Calcutta medical institutions reports 1871-78
Year: 1871
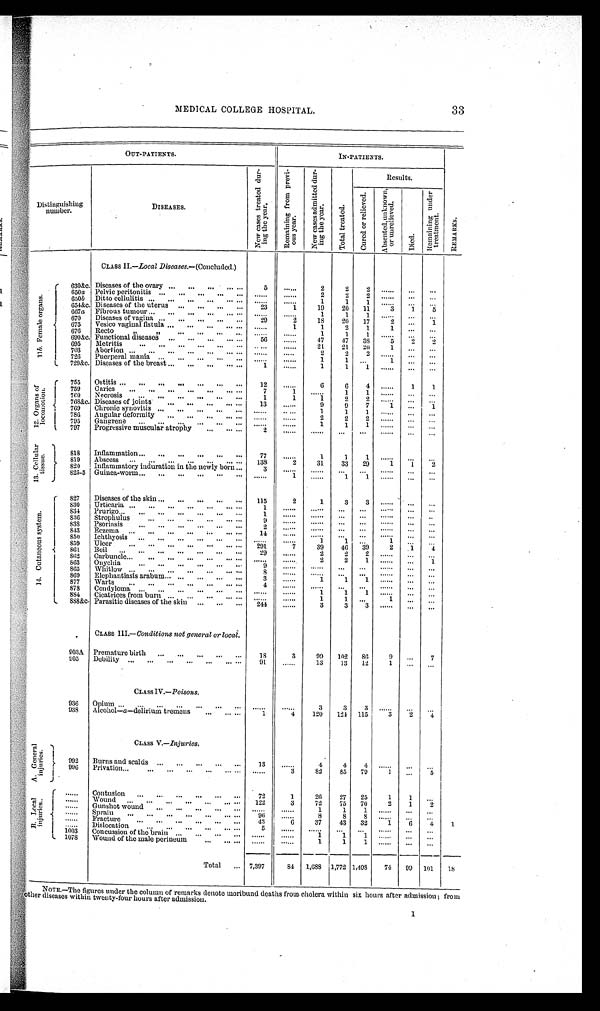
33
MEDICAL COLLEGE HOSPITAL.
OUT-PATIENTS.
IN-PATIENTS.
R E M A R K S .
Distinguishing
number .
D I S E A S E S .
N e w c a s e s t r e a t e d d u r -
i n g t h e y e a r .
R e m a i n i n g f r o m p r e v i -
o u s y e a r .
N e w c a s e s a d m i t t e d d u r -
i n g t h e y e a r .
T o t a l t r e a t e d .
Results.
C u r e d o r r e l i e v e d .
A b s e n t e d , u n k n o w n , o r u n r e l i e v e d .
D i e d .
R e m a i n i n g u n d e r
tre
atment.
CLASS II.—Local Diseases.—(Concluded.)
11b . F e m a l e o r g a n s .
630&c. Diseases of the ovary . . . ... ...
. . . . . .
5
......
2
2
2 ...... ... ...
650a Pelvic peritonitis ... ... ... ...
. . .
. . . . . .
. . . . . . 2
2
2 ...... ... ...
650b Ditto cellulitis ... ... ... ...
. . . ...
. . . . . .
. . . . . . 1
1
1
......
. . . ...
654&c. Diseases of the uterus ...
. . . ...
. . .
2 3
1 19
20 11
3
1
5
667a Fibrous tumour ... ... ... ... ... . . .
...... ......
1
1
1 ...... ... ...
670 Diseases of vagina ... ... ... ... ...
29
2
18
20 17
2
...
1
675 Vesico vaginal fistula ... ... ... ... ...
......
1
1
2
1
1 ... ...
676 Recto " "
. . . ... ...
. . .
. . . . . .
. . . . . .
1 1
1 ...... ...
...
690&c. Functional diseases ... ... ... ... ...
56
......
47
47
3 8
5
2
2
695
Metritis
... ... ... ... ... ... .....
......
21
21 20
1
. . . ...
703 Abortion ... ... ... ... ...
. . .
. . . . . .
. . . . . .
2
2
2
.
......
. . . ...
726 Puerperal mania ...
. . . ...
. . .
. . .
. . . . . .
. . . . . .
1
1 ...
1 ... ...
729&c. Diseases of the breast ... ... ... ... . . .
1
......
1
1
1 ...... ... ...
1 2 . O r g a n s o f
l o c o m o t i o n .
755 Ostitis ... ... ... ... ... ... ...
12
......
6
6
4 ......
1
1
759 Caries ... ... ... ... ... ... ...
7
1 ......
1
1 ...... ... ...
760 Necrosis
... ... ... ... ... ...
1
1
1
2
2 ...... ... ...
768&c. Diseases of joints ...
. . . ... ... ...
13
......
9
9
7
1 ...
1
769 Chronic synovitis ... ...
. . . ...
. . . ......
......
1
1
1 ...... ... ...
786 Angular deformity ... ... ... ... ...
. . . . . .
. . . . . .
2
2
2 ...... ... ...
795 Gangrene
. . .
. . .
. . . ... ...
. . .
. . . . . .
. . . . . .
1
1
1 ......
... ...
797 Progressive muscular atrophy
... ... ...
2
. . . . . .
. . . . . .
. . .
. . .
. . . . . .
. . . ...
13. Cellular
tissue.
818 Inflammation ... ... ... ... ... ...
77
......
1
1
1 ...... ... ...
819 Abscess ... ...
. . .
. . .
. . .
. . . . . . 138
2
31
33 29
1
1
2
820 Inflammatory induration in the newly born ...
3
. . . . . .
. . . . . . ... ... ......
...
. . .
825-5 Guinea-worm ...
. . . ... ... ... ...
. . . . . .
1
. . . . . .
1
1 ...... ...
...
1 4 . C u t a n e o u s s y s t e m .
827 Diseases of the skin ..
... ... ... ... 115
2
1
3
3 ...... ...
...
830 Urticaria ... ... ... ...
. . . ... ...
1
. . . . . . ......
... ... ......
...
...
834 Prurigo... ... ... ... ... ... ...
1
. . . . . .
. . . . . . ... ... ...... ... ..
836
Strophulus
... ... ... ... ... ...
9
. . . . . .
. . . . . .
. . . . . .
...... ... ...
838 Psoriasis
... ... ... ... ... ...
2
...... ......
. . . ...
...... ... ...
843 Eczema
. . . ...
. . .
. . .
. . .
. . . . . . 14
......
. . . . . . ... ... ...... ... ...
850 Ichthyosis ... ... ... ... ... ...
. . . . . .
. . . . . .
1
1 ...
1
. . . ...
859 Ulcer
. . . ...
. . .
. . .
. . .
. . . . . . 291
7
39
46 39
2
1
4
8 6 1 Boil ...
. . .
. . .
. . .
. . .
. . .
. . . 29
......
2
2
2 ...... ...
...
862
Carbuncle... ... ... ... ... ... ...
. . . . . .
. . . . . .
2
2
1 ...... ...
1
863 Onychia
... ... ... ... ... ...
9
. . . . . .
. . . . . . ... ... ...... ...
...
865 Whitlow ... ... ... ... ... ... ...
8
. . . . . .
. . . . . .
. . . ...
...... ... ...
869 Elephantiasis arabum ... ... ... ... ..
3
......
1
1
1 ...... ...
...
877 Warts
... . . .
... ...
...
. . . . . .
4
. . . . . .
. . . . . .
. . .
. . .
. . . . . .
. . . ...
878 Condyloma ... ... ... ... ... ...
. . . . . .
. . . . . .
1
1
1 ......
...
...
884
Cicatrices from burn ... ... ... ... ...
. . . . . .
. . . . . .
1
1 ...
1
. . . ...
888&c. Parasitic diseases of the skin ... ... ... 244
......
3
3
3 ...... ... ...
CLASS III.—Conditions not general or local.
903A Premature birth ... ... ... ... ...
18
3
99 102 86
9 ...
7
905 Debility ... ... ... ... ... ... ...
91
......
13
13 12
1 ...
. . .
CLASS IV.—Poisons.
936 Opium ...
. . . ... ...
. . .
. . .
. . .
. . . . . .
. . . . . .
3
3
3 ...... ... ...
938 Alcohol—a—delirium tremens
... ... ...
1
4
120 124 115
3
2
4
CLASS V.—Injuries.
A. General
injuries.
992 Burns and scalds ... ... ... ... ...
13
......
4
4
4 .....
... . . .
99 6
Privation . . . ... ... ... ... ... ... ......
3
82
85 79
1 ...
5
B . L o c a l i n j u r i e s . .
...... Contusion ... ... ... ... ... ...
72
1
26
2 7 25
1
1 ...
...... Wound ... ...
. . .
. . .
. . .
. . . . . .
1
22
3
7 2
75 70
2
1
2
...... Gunshot wound ... ... ...
. . .
. . . . . . . . .
. . . . . .
1
1
1 ...... ...
...
...... Sprain ... ... ... ... ... ... ...
96
......
8
8
8
. . . . . . ... ...
...... Fracture
... ... ... ... ... ...
4 3
6
37
43 32
1
6
4
1
...... Dislocation
... ... ... ... ... ...
5
. . . . . .
. . . . . .
. . .
. . .
. . . . . . ...
...
1003 Concussion a the brain ... ... ...
. . .
. . . . . .
. . . . . .
1
1
1 ...... ...
...
1078 Wound of the male perineum
. . .
. . . . . .
. . . . . . ......
1
1
1 ...... ... ...
Total ... 7,397
84 1,688 1,772 1,498
74 99 101 18
NOTE.—The figures under the column of remarks denote moribund deaths from cholera within six hours after admission; from
other diseases within twenty-four hours after admission.